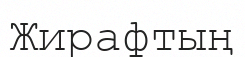
Жирафтың